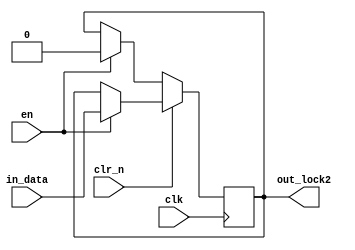
module mysynchro(in_data,en,clk,out_lock2,clr_n);

input in_data,en,clk,clr_n;
output reg out_lock2;

initial out_lock2=0;

always @(posedge clk) 
begin
	if(!clr_n)
	begin
		if(en) 
		out_lock2<=0;
		else 
		out_lock2<=out_lock2;
	end
	else
	begin
		if(en)
		out_lock2<=in_data;
		else 
		out_lock2<=out_lock2;
	end
end

endmodule